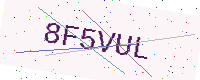
Text: 8F5VUL